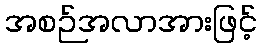
အစဉ်အလာအားဖြင့်